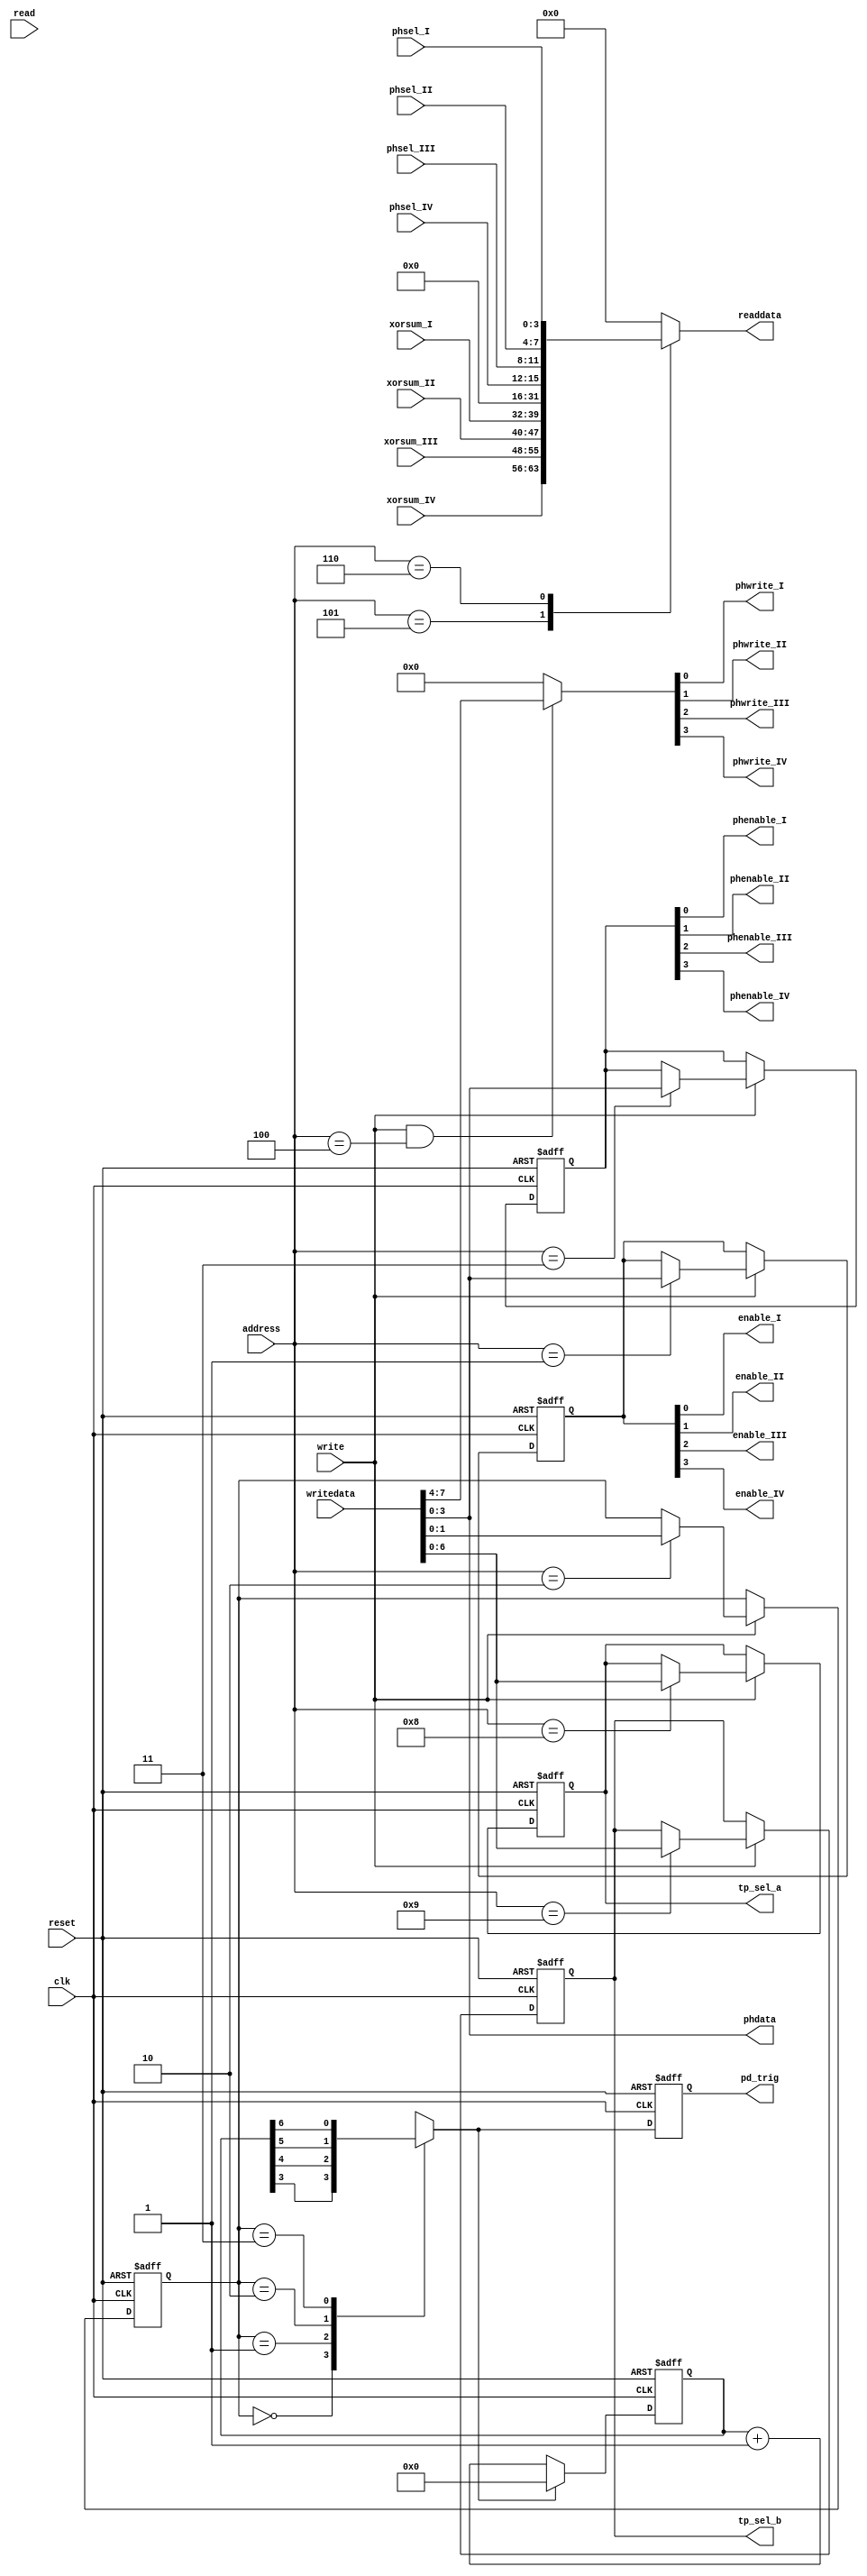
module deser400_ctrl
(
	input clk,
	input reset,
	input read,
	input write,
	input [3:0]address,
	input [31:0]writedata,
	output reg [31:0]readdata,
	output enable_I,
	output enable_II,
	output enable_III,
	output enable_IV,
	output phwrite_I,
	output phwrite_II,
	output phwrite_III,
	output phwrite_IV,
	output [3:0]phdata,
	output phenable_I,
	output phenable_II,
	output phenable_III,
	output phenable_IV,
	input [7:0]xorsum_I,
	input [7:0]xorsum_II,
	input [7:0]xorsum_III,
	input [7:0]xorsum_IV,
	input [3:0]phsel_I,
	input [3:0]phsel_II,
	input [3:0]phsel_III,
	input [3:0]phsel_IV,
	output reg [6:0]tp_sel_a,
	output reg [6:0]tp_sel_b,
	output reg pd_trig
);
	reg [1:0]pd_period;
	reg [3:0]deser_enable;  
	reg [3:0]phenable;  
	assign enable_I   = deser_enable[0];
	assign enable_II  = deser_enable[1];
	assign enable_III = deser_enable[2];
	assign enable_IV  = deser_enable[3];
	assign phenable_I   = phenable[0];
	assign phenable_II  = phenable[1];
	assign phenable_III = phenable[2];
	assign phenable_IV  = phenable[3];
	always @(posedge clk or posedge reset)
	begin
		if (reset)
		begin
			deser_enable <= 0;
			pd_period    <= 2'd1;
			phenable <= 0;
			tp_sel_a <= 0;
			tp_sel_b <= 0;
		end
		else if (write)
		begin
			case (address) 
			 4'd1: deser_enable <= writedata[3:0];
			 4'd2: pd_period    <= writedata[1:0];
			 4'd3: phenable     <= writedata[3:0];
			 4'd8: tp_sel_a     <= writedata[6:0];
			 4'd9: tp_sel_b     <= writedata[6:0];
			endcase
		end
	end
	reg [3:0]phwrite;
	always @(*)
	begin
		if (write && address == 4'd4)
			phwrite <= writedata[7:4];
		else
			phwrite <= 4'b0000;
	end
	assign phwrite_I   = phwrite[0];
	assign phwrite_II  = phwrite[1];
	assign phwrite_III = phwrite[2];
	assign phwrite_IV  = phwrite[3];
	assign phdata = writedata[3:0];
	always @(*)
	begin
		case (address)
			4'd5: readdata <= {xorsum_IV, xorsum_III, xorsum_II, xorsum_I};
			4'd6: readdata <= {16'd0, phsel_IV, phsel_III, phsel_II, phsel_I};
			default: readdata <= 32'd0;
		endcase
	end
	reg [6:0]cnt;
	reg carry;
	always @(*)
	begin
		case (pd_period)
			2'd0: carry <= cnt[3]; 
			2'd1: carry <= cnt[4]; 
			2'd2: carry <= cnt[5]; 
			2'd3: carry <= cnt[6]; 
		endcase
	end
	always @(posedge clk or posedge reset)
	begin
		if (reset)
		begin
			cnt   <= 0;
			pd_trig <= 0;
		end
		else
		begin
			cnt <= carry ? 5'd0 : cnt + 5'd1;
			pd_trig <= carry;
		end
	end
endmodule